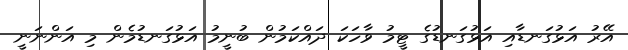
އޭރު އަޅުގަނޑާއި އަޅުގަނޑުގެ ޓީމު ވާހަކަ ދައްކަމުން ބުނީމު އަޅުގަނޑުމެން މި އަންނަނީ